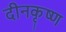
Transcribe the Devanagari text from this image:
दीनकृष्ण